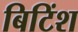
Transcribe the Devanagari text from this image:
बिटिंश